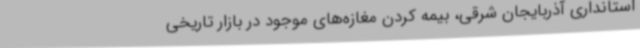
استانداری آذربایجان شرقی، بیمه کردن مغازه‌های موجود در بازار تاریخی